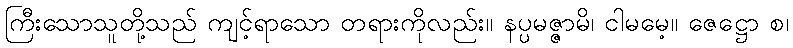
ကြီးသောသူတို့သည် ကျင့်ရာသော တရားကိုလည်း။ နပ္ပမဇ္ဇာမိ၊ ငါမမေ့။ ဇေဋ္ဌော စ၊